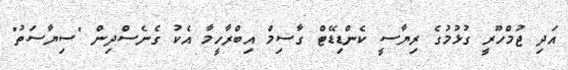
އަދި ޖުމްހޫރީ ގުޅުމުގެ ރިޔާސީ ކެންޑިޑޭޓް ގާސިމް އިބްރާހީމާ އެކު ގެނެސްދިން "ސިޔާސަތު"